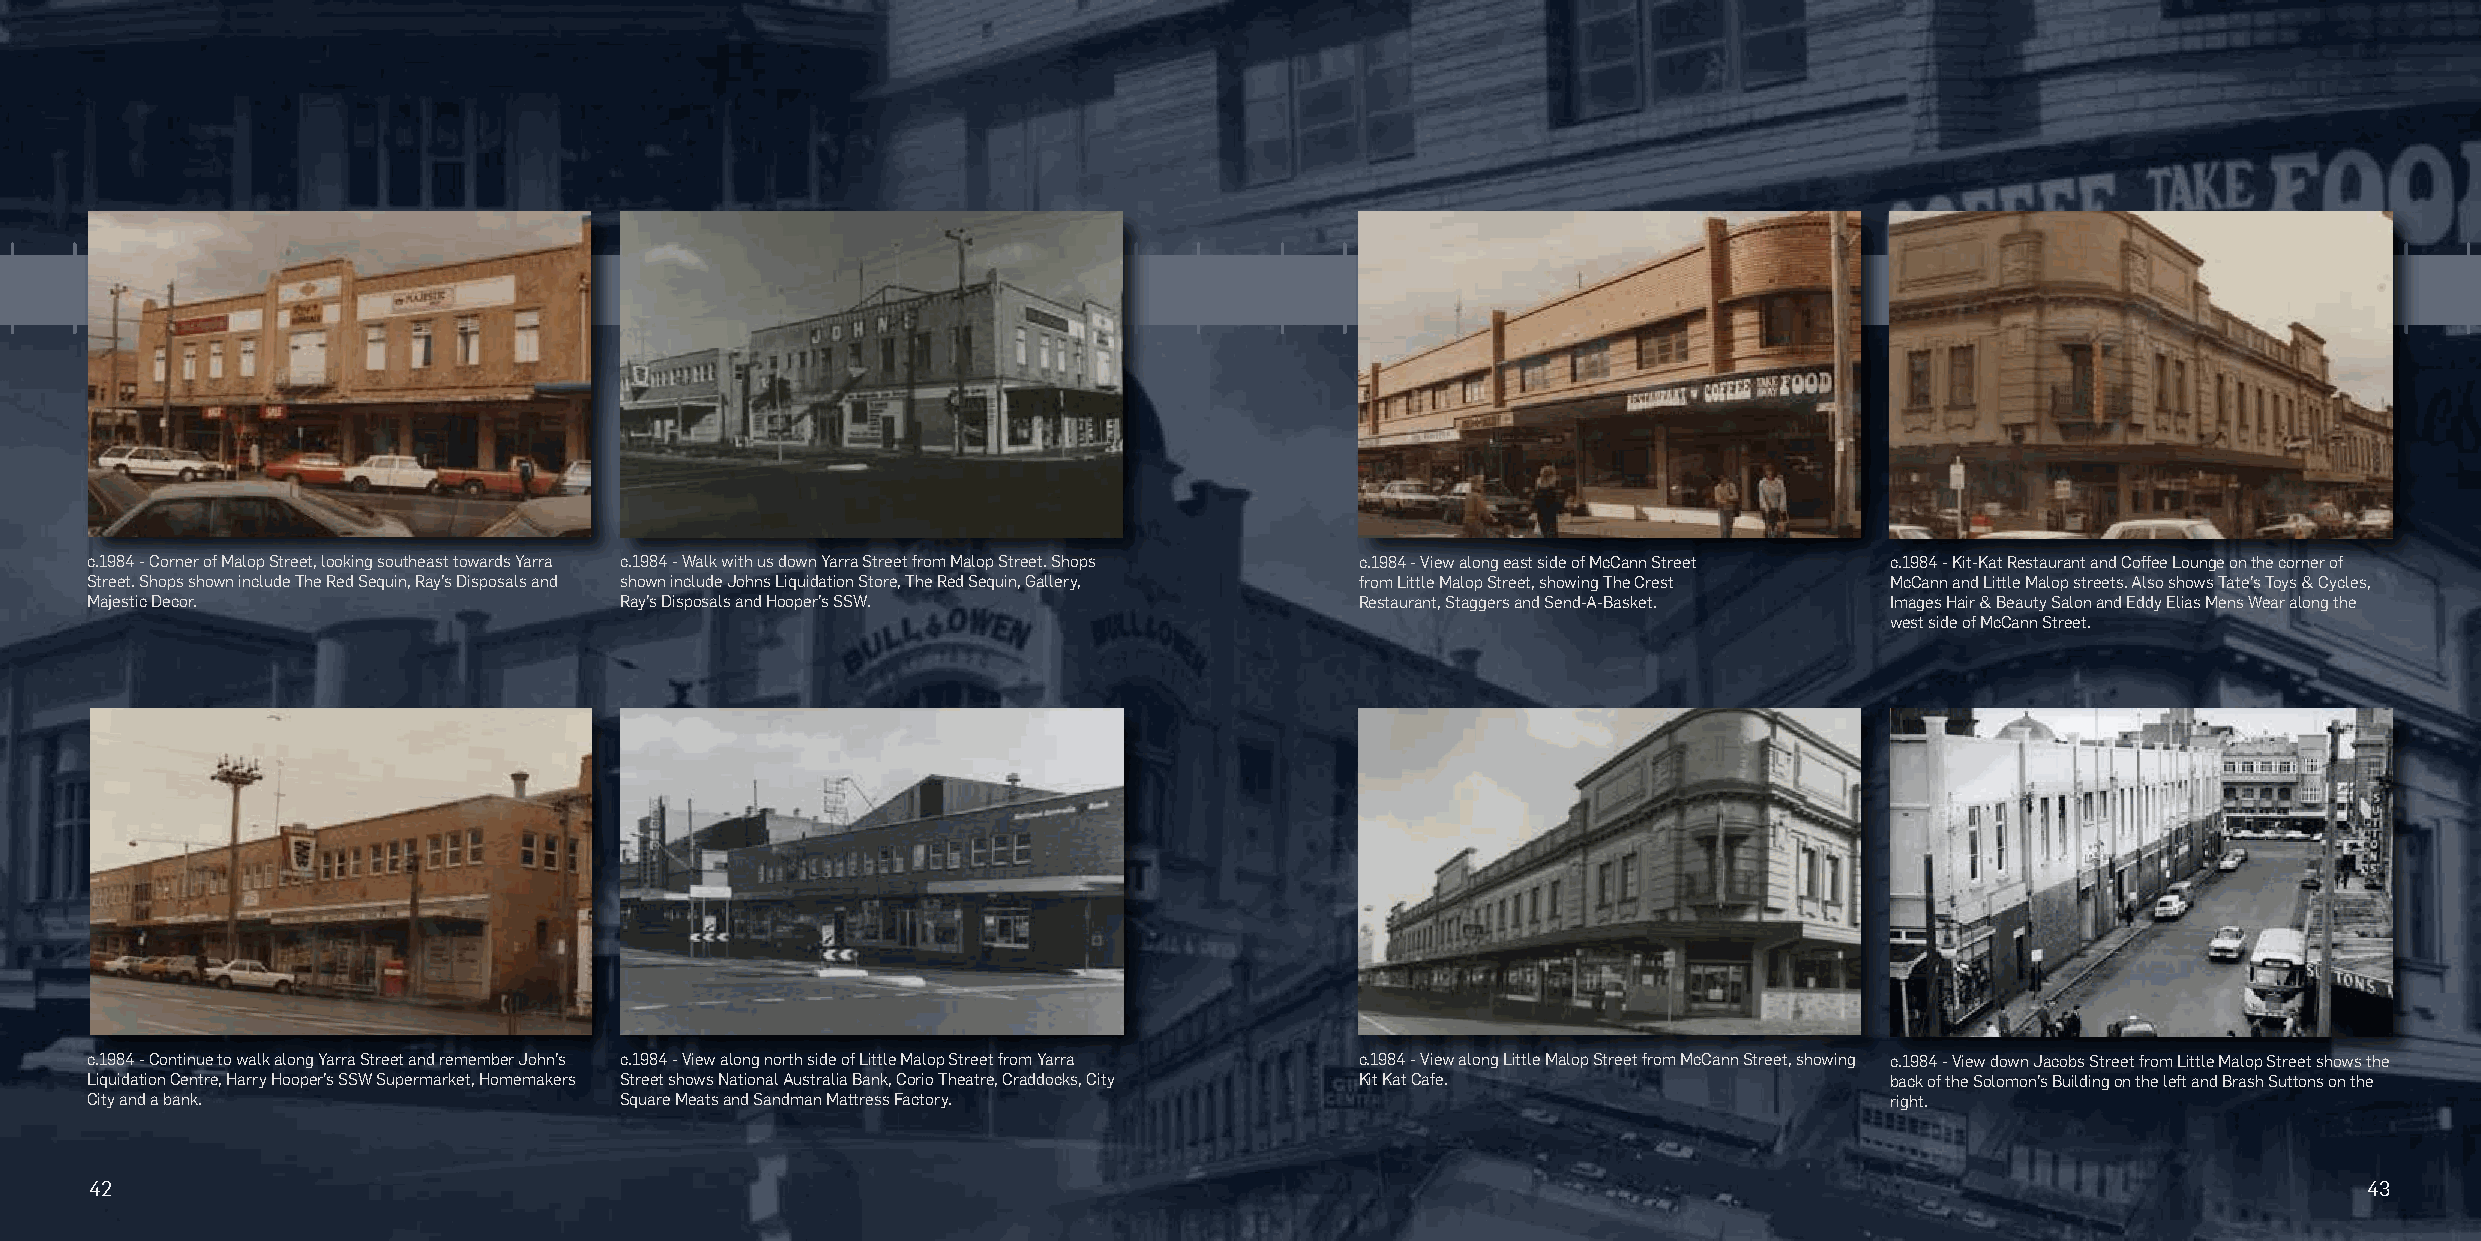
c.1984 - Corner of Malop Street, looking southeast towards Yarra c.1984 - Walk with us down Yarra Street from Malop Street. Shops c.1984 - View along east side of McCann Street c.1984 - Kit-Kat Restaurant and Coffee Lounge on the corner of
 Street. Shops shown include The Red Sequin, Ray’s Disposals and shown include Johns Liquidation Store, The Red Sequin, Gallery, from Little Malop Street, showing The Crest McCann and Little Malop streets. Also shows Tate’s Toys & Cycles,
 Majestic Decor.                    Ray’s Disposals and Hooper’s SSW.                Restaurant, Staggers and Send-A-Basket. Images Hair & Beauty Salon and Eddy Elias Mens Wear along the
 west side of McCann Street.
 c.1984 - Continue to walk along Yarra Street and remember John’s c.1984 - View along north side of Little Malop Street from Yarra c.1984 - View along Little Malop Street from McCann Street, showing c.1984 - View down Jacobs Street from Little Malop Street shows the
 Liquidation Centre, Harry Hooper’s SSW Supermarket, Homemakers Street shows National Australia Bank, Corio Theatre, Craddocks, City Kit Kat Cafe. back of the Solomon’s Building on the left and Brash Suttons on the
 City and a bank.                   Square Meats and Sandman Mattress Factory.                                          right.
 42                                                                                                                                                     43